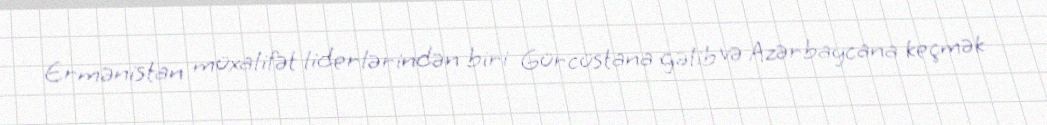
Ermənistan müxalifət liderlərindən biri Gürcüstana gəlib və Azərbaycana keçmək